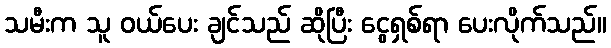
သမီးက သူ ဝယ်ပေး ချင်သည် ဆိုပြီး ငွေရှစ်ရာ ပေးလိုက်သည်။